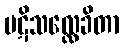
ပဋိသလ္လေခိတာ